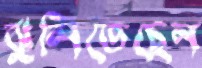
ঝুলিতেছেন